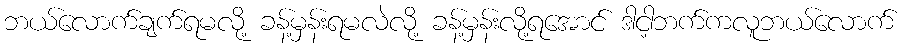
ဘယ်လောက်ချက်ရမလို့ ခန့်မှန်းရမလဲလို့ ခန့်မှန်းလို့ရအောင် ဒါငါ့ဘက်ကလူဘယ်လောက်